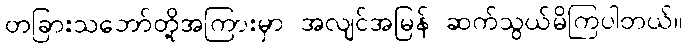
တခြားသဘော်တို့အကြားမှာ အလျင်အမြန် ဆက်သွယ်မိကြပါတယ်။